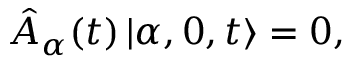
\hat { A } _ { \alpha } ( t ) \left| \alpha , 0 , t \right> = 0 ,